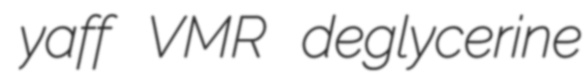
yaff VMR deglycerine